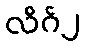
လိဂ်၂